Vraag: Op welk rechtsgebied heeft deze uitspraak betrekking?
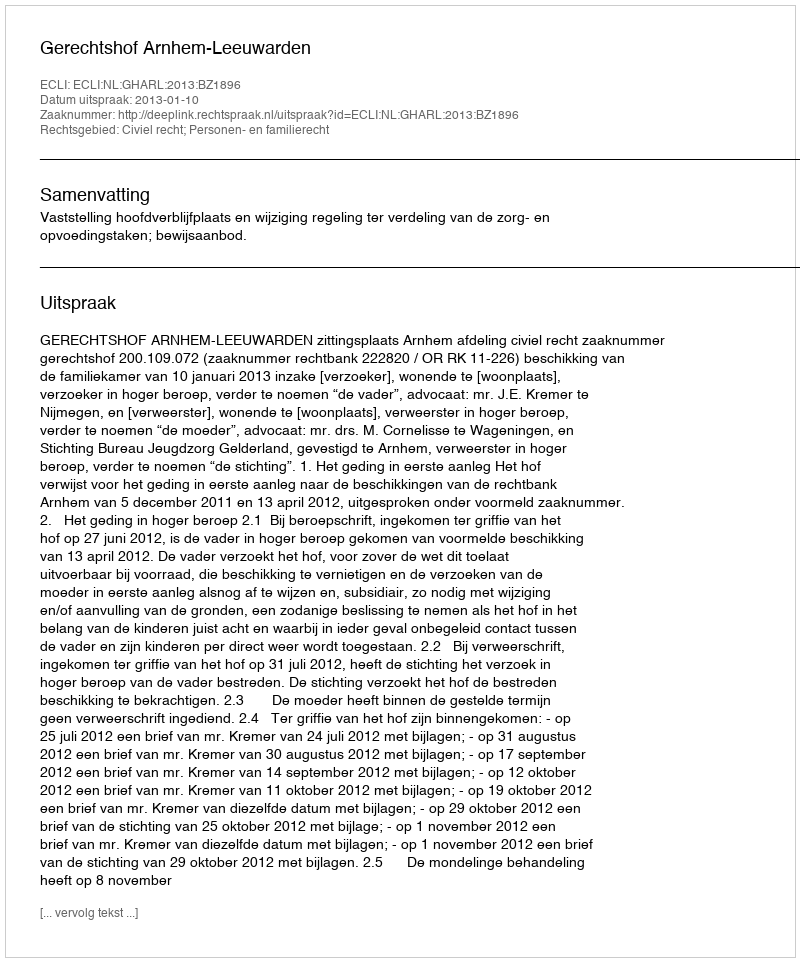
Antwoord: Civiel recht; Personen- en familierecht